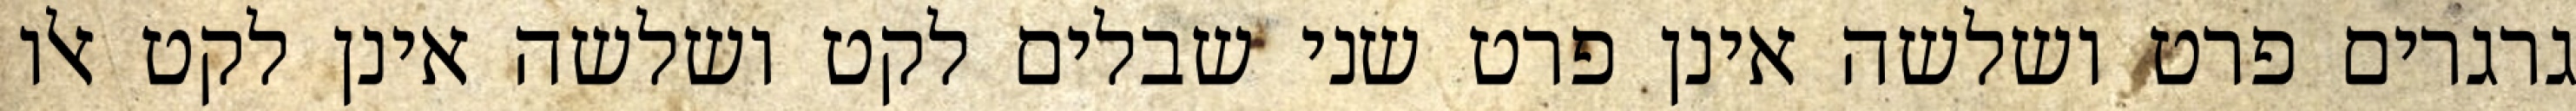
גרגרים פרט ושלשה אינן פרט שני שבלים לקט ושלשה אינן לקט אלו